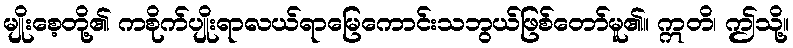
မျိုးစေ့တို့၏ ကစိုက်ပျိုးရာလယ်ရာမြေကောင်းသဘွယ်ဖြစ်တော်မူ၏။ ဣတိ၊ ဤသို့။